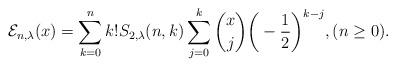
LaTeX: \begin{align*}\mathcal{E}_{n,\lambda}(x)=\sum_{k=0}^{n}k!S_{2,\lambda}(n,k)\sum_{j=0}^{k}\binom{x}{j}\bigg(-\frac{1}{2}\bigg)^{k-j},(n\ge 0). \end{align*}